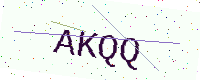
Text: AKQQ